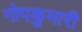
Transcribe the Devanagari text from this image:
गोपकुमारी